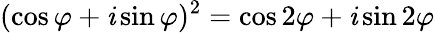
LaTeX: (\cos\varphi+\mathit{i}\sin\varphi)^{2}=\cos2\varphi+\mathit{i}\sin2\varphi